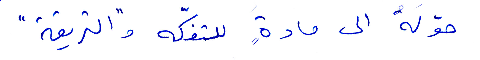
حوّله الى مادة للتفكّه و"التريقة"